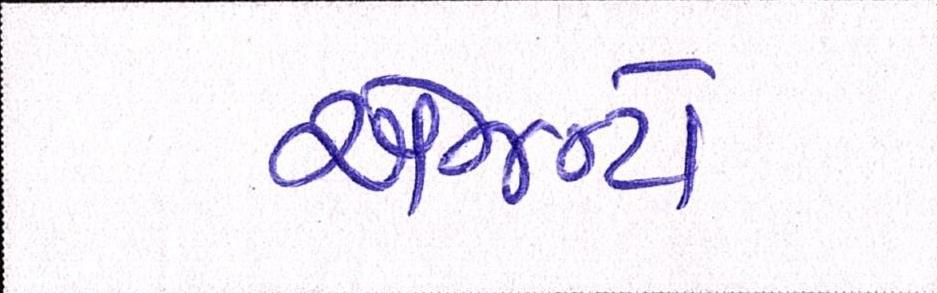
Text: એજન્ટો